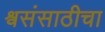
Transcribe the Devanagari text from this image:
श्वसंसाठीचा